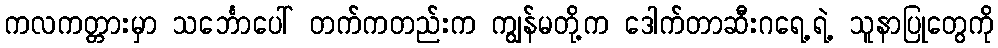
ကလကတ္တားမှာ သင်္ဘောပေါ် တက်ကတည်းက ကျွန်မတို့က ဒေါက်တာဆီးဂရေ့ရဲ့ သူနာပြုတွေကို